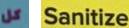
كل Sanitize